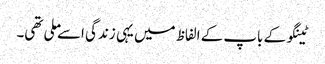
ٹینگو کے باپ کے الفاظ میں یہی زندگی اسے ملی تھی۔